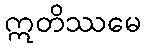
ဣတိဿမေ